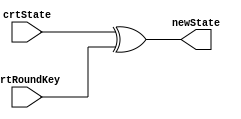
module addRoundKey(
  input wire[127:0] crtState,input wire[127:0] crtRoundKey,output wire[127:0] newState);
  assign newState = crtState^crtRoundKey; 
endmodule